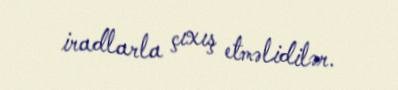
iradlarla çıxış etməlidilər.